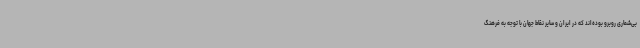
بی‌شماری روبرو بوده‌اند که در ایران و سایر نقاط جهان با توجه به فرهنگ